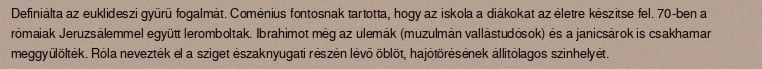
Definiálta az euklideszi gyűrű fogalmát. Coménius fontosnak tartotta, hogy az iskola a diákokat az életre készítse fel. 70-ben a rómaiak Jeruzsálemmel együtt leromboltak. Ibrahimot még az ulemák (muzulmán vallástudósok) és a janicsárok is csakhamar meggyűlölték. Róla nevezték el a sziget északnyugati részén lévő öblöt, hajótörésének állítólagos színhelyét.